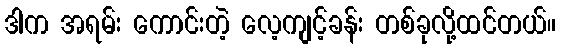
ဒါက အရမ်း ကောင်းတဲ့ လေ့ကျင့်ခန်း တစ်ခုလို့ထင်တယ်။